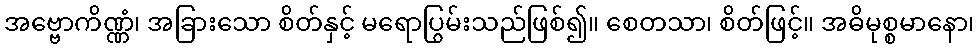
အဗ္ဗောကိဏ္ဏံ၊ အခြားသော စိတ်နှင့် မရောပြွမ်းသည်ဖြစ်၍။ စေတသာ၊ စိတ်ဖြင့်။ အဓိမုစ္စမာနော၊